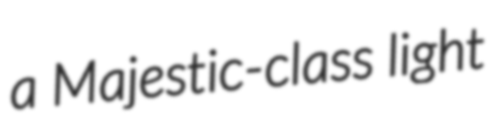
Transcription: a Majestic-class light